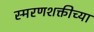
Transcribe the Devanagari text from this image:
स्मरणशक्तीच्या